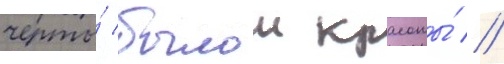
черты́ былои красоты́ //